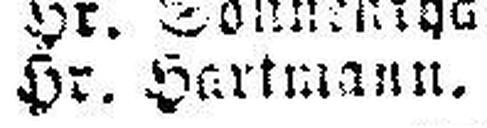
Hr. Hertmann.